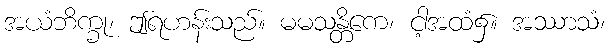
အယံဘိက္ခု၊ ဤရဟန်းသည်။ မမသန္တိကေ၊ ငါ့အထံ၌။ အဿာသံ၊